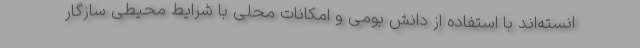
انسته‌اند با استفاده از دانش بومی و امکانات محلی با شرایط محیطی سازگار